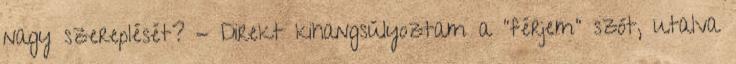
nagy szereplését? - Direkt kihangsúlyoztam a "férjem" szót, utalva